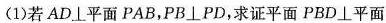
(1)若AD⊥平面PAB，PB⊥PD，求证平面PBD⊥平面